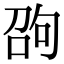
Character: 𠣫